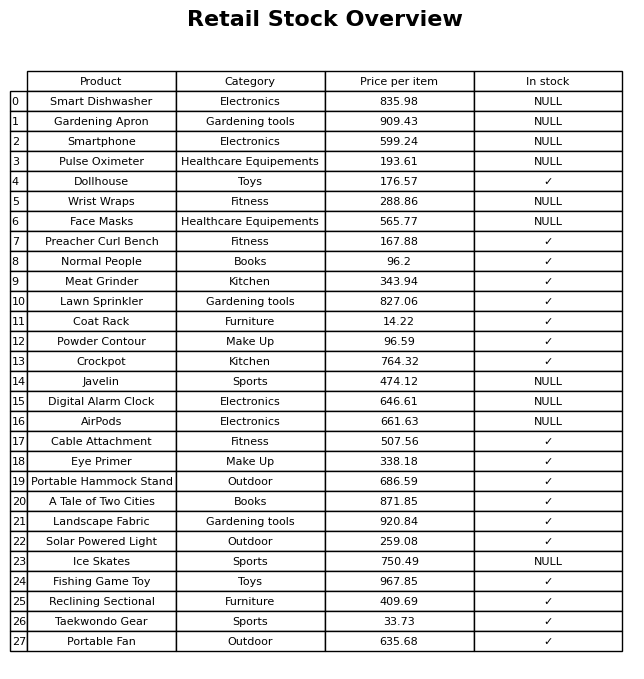
question: Which products are currently out of stock?
answer: Smart Dishwasher, Gardening Apron, Smartphone, Pulse Oximeter, Wrist Wraps, Face Masks, Javelin, Digital Alarm Clock, AirPods, Ice Skates